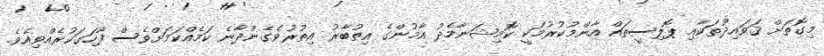
މިގޮތަށް ޤަވައިދުތަކާއި ޕޮލިސީތައް އާންމުކުރުމަކީ ކޮމިޝަނާމެދު އާމުންގެ އިތުބާރު އިތުރުވެގެންދާނެ ކަމެއްކަމަށްވެސް ފާހަގަކުރެއްވިއެވެ.